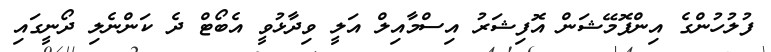
ފުލުހުންގެ އިންފޮމޭޝަން އޮފިޝަރު އިސްމާއިލް އަލީ ވިދާޅުވީ އެބޯޓް ދެ ކަންނެލި ދޯނީގައި